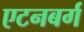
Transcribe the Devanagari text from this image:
एटनबर्ग